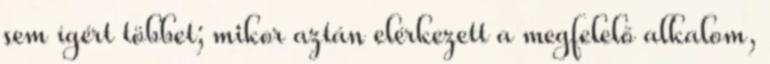
sem ígért többet; mikor aztán elérkezett a megfelelő alkalom,